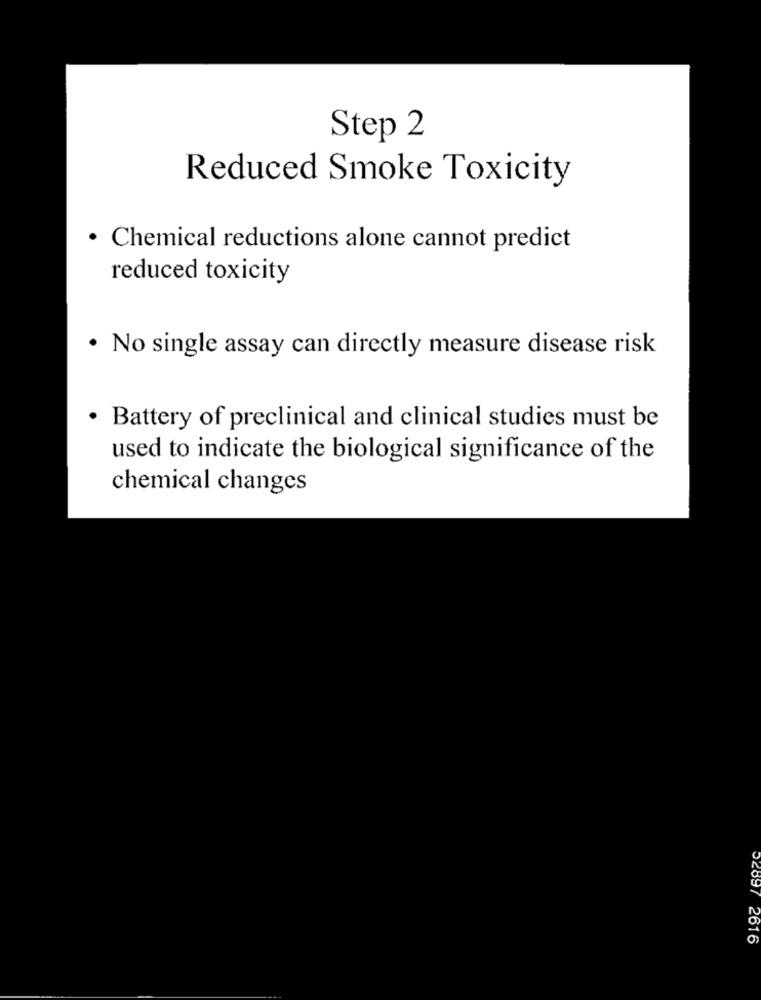
Step 2
Reduced Smoke Toxicity
· Chemical reductions alone cannot predict
reduced toxicity
· No single assay can directly measure disease risk
· Battery of preclinical and clinical studies must be
used to indicate the biological significance of the
chemical changes
02897 2616